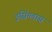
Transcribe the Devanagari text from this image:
इसिंग्लास